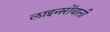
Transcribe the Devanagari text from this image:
लाइनरोंवाली